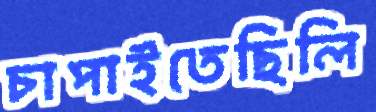
চাপাইতেছিলি